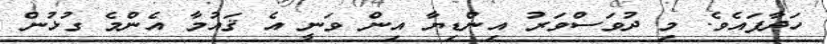
ހަދާފައެވެ. މި ދުވަސްވަރު އިންޑިޔާ އިން ވަނީ އެ ޤައުމާ އެންމެ ގުޅުން